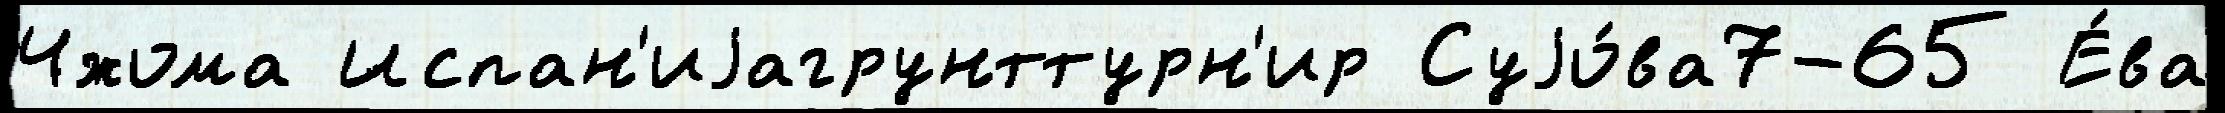
Чжома Испан'иjагрунттурн'ир Суjо́ва7-65 Е́ва